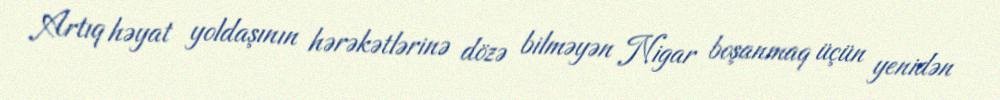
Artıq həyat yoldaşının hərəkətlərinə dözə bilməyən Nigar boşanmaq üçün yenidən